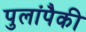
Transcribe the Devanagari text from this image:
पुलांपैकी